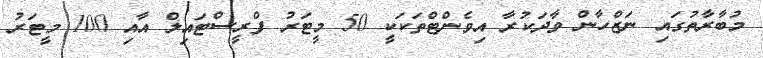
މުބާރާތުގައި ނަޒްހާން ވާދަކުރާ އިވެންޓްތަކަކީ 50 މީޓަރު ފްރީސްޓައިލް އާއި 100 މީޓަރު